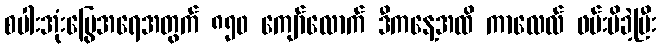
စပါးအုံးမြွေအရေအတွက် ၈၅၀ ကျော်လောက် ဒီကနေ့အထိ ကာလေလ် ဖမ်းမိခဲ့ပြီး